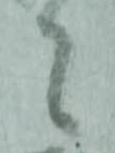
々